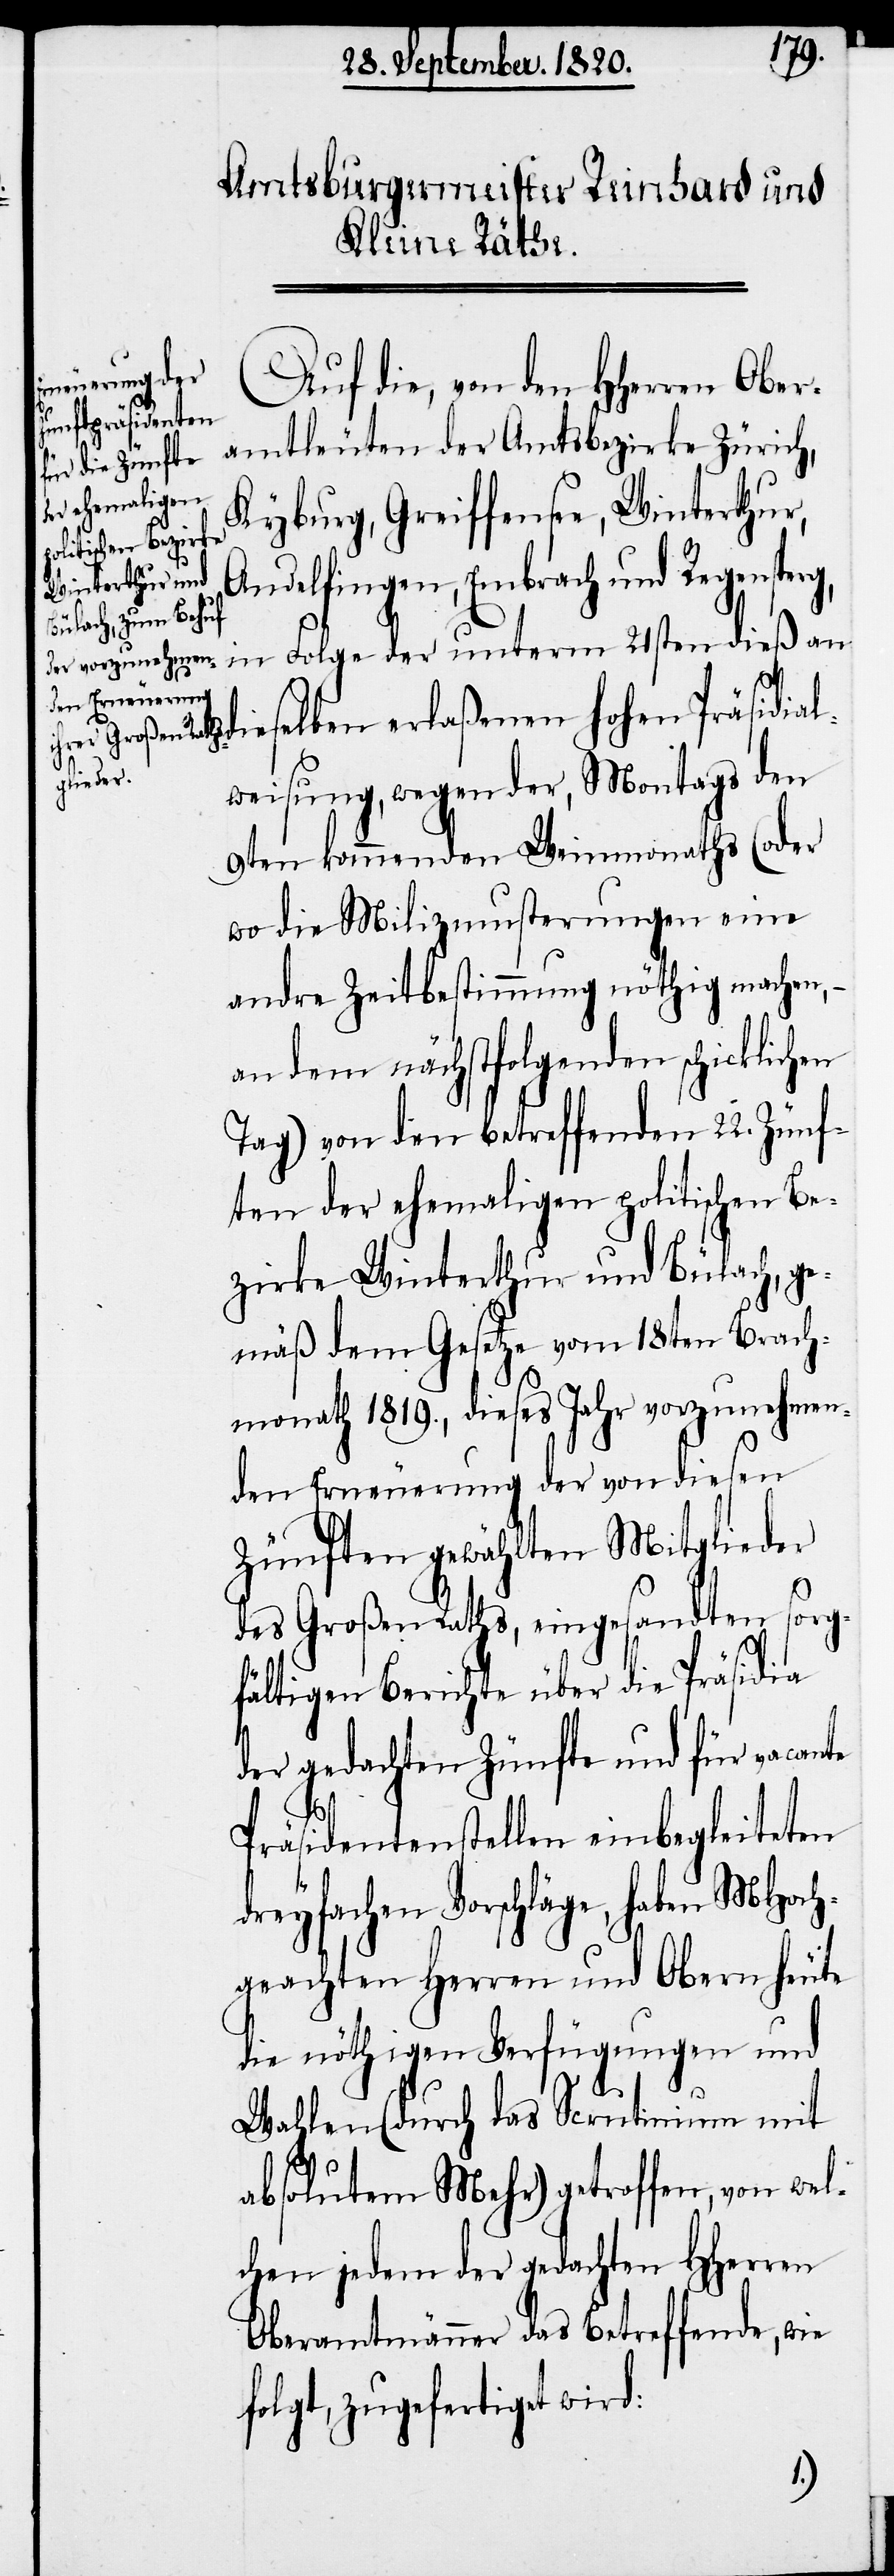
Auf die, von den HHerren Ober¬
amtleuten der Amtsbezirke Zürich,
Kyburg, Greiffensee, Winterthur,
Andelfingen, Embrach und Regensperg,
Folge der unterm 21sten dieß an
in
dieselben erlaßenen hohen Präsidial¬
weisung, wegen der, Montags den
9ten kommenden Weinmonaths (oder
wo die Milizmusterungen eine
andre Zeitbestimmung nöthig mache¬
an dem nächstfolgenden schicklichen
Tag) von den betreffenden 22. Zünf¬
ten der ehemaligen politischen Be¬
zirke Winterthur und Bülach, ge¬
mäß dem Gesetze vom 18ten Brach¬
monath 1819., dieses Jahr vorzunehmen¬
den Erneuerung der von diesen
Zünften gewählten Mitglieder
des Großen Raths, eingesandten sorg¬
fältigen Berichte über die Präsidia
der gedachten Zünfte und für vacante
n,–
Präsidentenstellen einbegleiteten
dreyfachen Vorschläge, haben MHoch¬
geachten Herren und Obern heute
die nöthigen Verfügungen und
Wahlen (durch das Scrutinium mit
absolutem Mehr) getroffen, von wel¬
chen jedem der gedachten HHerren
Oberamtmänner das betreffende, wie
folgt, zugefertigt wird: